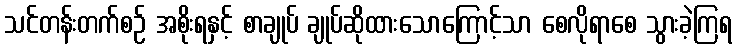
သင်တန်းတက်စဉ် အစိုးရနှင့် စာချုပ် ချုပ်ဆိုထားသောကြောင့်သာ စေလိုရာစေ သွားခဲ့ကြရ